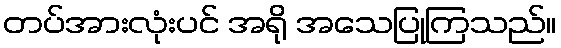
တပ်အားလုံးပင် အရို အသေပြုကြသည်။